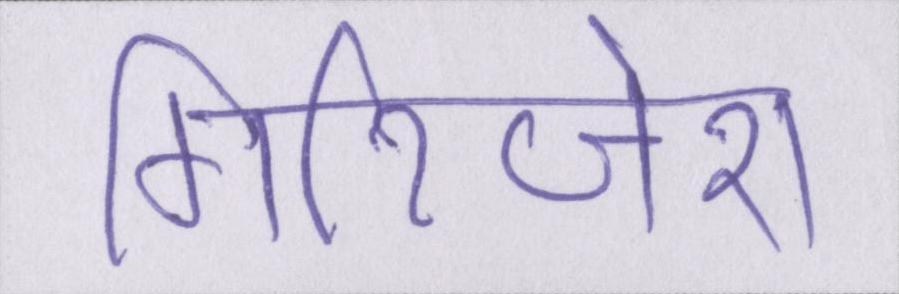
गिरिजेश